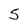
Character: S